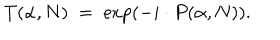
LaTeX: T ( \alpha , N ) \; = \; \exp \left( - i \cdot P ( \alpha , N ) \right) .